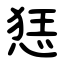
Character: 㤮